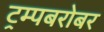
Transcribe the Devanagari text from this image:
ट्रम्पबरोबर